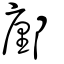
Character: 鄽